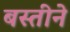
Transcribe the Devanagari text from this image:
बस्तीने